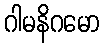
ဂါမနိဂမော